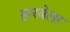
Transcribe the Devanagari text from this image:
झरबेला